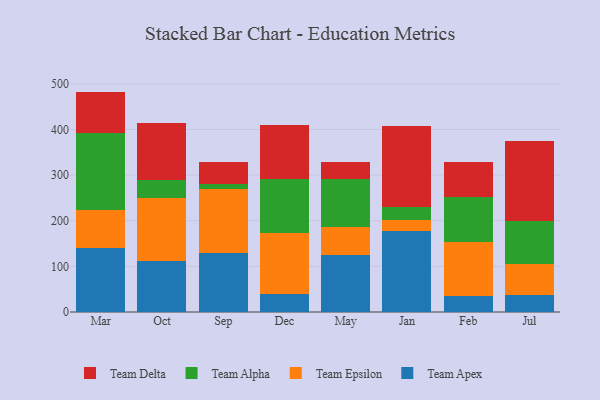
{"axis": {"x": "Month", "y": "Population (Million)"}, "legend": ["Team Alpha", "Team Apex", "Team Delta", "Team Epsilon"], "data": [{"x": "Mar", "y": 140.0, "type": "Team Apex"}, {"x": "Mar", "y": 83.2, "type": "Team Epsilon"}, {"x": "Mar", "y": 168.6, "type": "Team Alpha"}, {"x": "Mar", "y": 91.3, "type": "Team Delta"}, {"x": "Oct", "y": 111.4, "type": "Team Apex"}, {"x": "Oct", "y": 138.1, "type": "Team Epsilon"}, {"x": "Oct", "y": 38.8, "type": "Team Alpha"}, {"x": "Oct", "y": 126.2, "type": "Team Delta"}, {"x": "Sep", "y": 130.2, "type": "Team Apex"}, {"x": "Sep", "y": 138.6, "type": "Team Epsilon"}, {"x": "Sep", "y": 12.8, "type": "Team Alpha"}, {"x": "Sep", "y": 46.8, "type": "Team Delta"}, {"x": "Dec", "y": 39.9, "type": "Team Apex"}, {"x": "Dec", "y": 132.3, "type": "Team Epsilon"}, {"x": "Dec", "y": 118.5, "type": "Team Alpha"}, {"x": "Dec", "y": 119.4, "type": "Team Delta"}, {"x": "May", "y": 125.9, "type": "Team Apex"}, {"x": "May", "y": 59.6, "type": "Team Epsilon"}, {"x": "May", "y": 105.7, "type": "Team Alpha"}, {"x": "May", "y": 37.0, "type": "Team Delta"}, {"x": "Jan", "y": 176.9, "type": "Team Apex"}, {"x": "Jan", "y": 25.6, "type": "Team Epsilon"}, {"x": "Jan", "y": 28.0, "type": "Team Alpha"}, {"x": "Jan", "y": 178.2, "type": "Team Delta"}, {"x": "Feb", "y": 34.1, "type": "Team Apex"}, {"x": "Feb", "y": 118.4, "type": "Team Epsilon"}, {"x": "Feb", "y": 98.5, "type": "Team Alpha"}, {"x": "Feb", "y": 76.9, "type": "Team Delta"}, {"x": "Jul", "y": 38.3, "type": "Team Apex"}, {"x": "Jul", "y": 67.3, "type": "Team Epsilon"}, {"x": "Jul", "y": 92.8, "type": "Team Alpha"}, {"x": "Jul", "y": 177.2, "type": "Team Delta"}]}